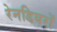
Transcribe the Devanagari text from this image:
रेनडियरों